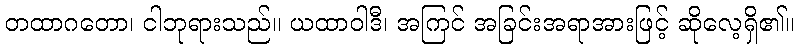
တထာဂတော၊ ငါဘုရားသည်။ ယထာဝါဒီ၊ အကြင် အခြင်းအရာအားဖြင့် ဆိုလေ့ရှိ၏။